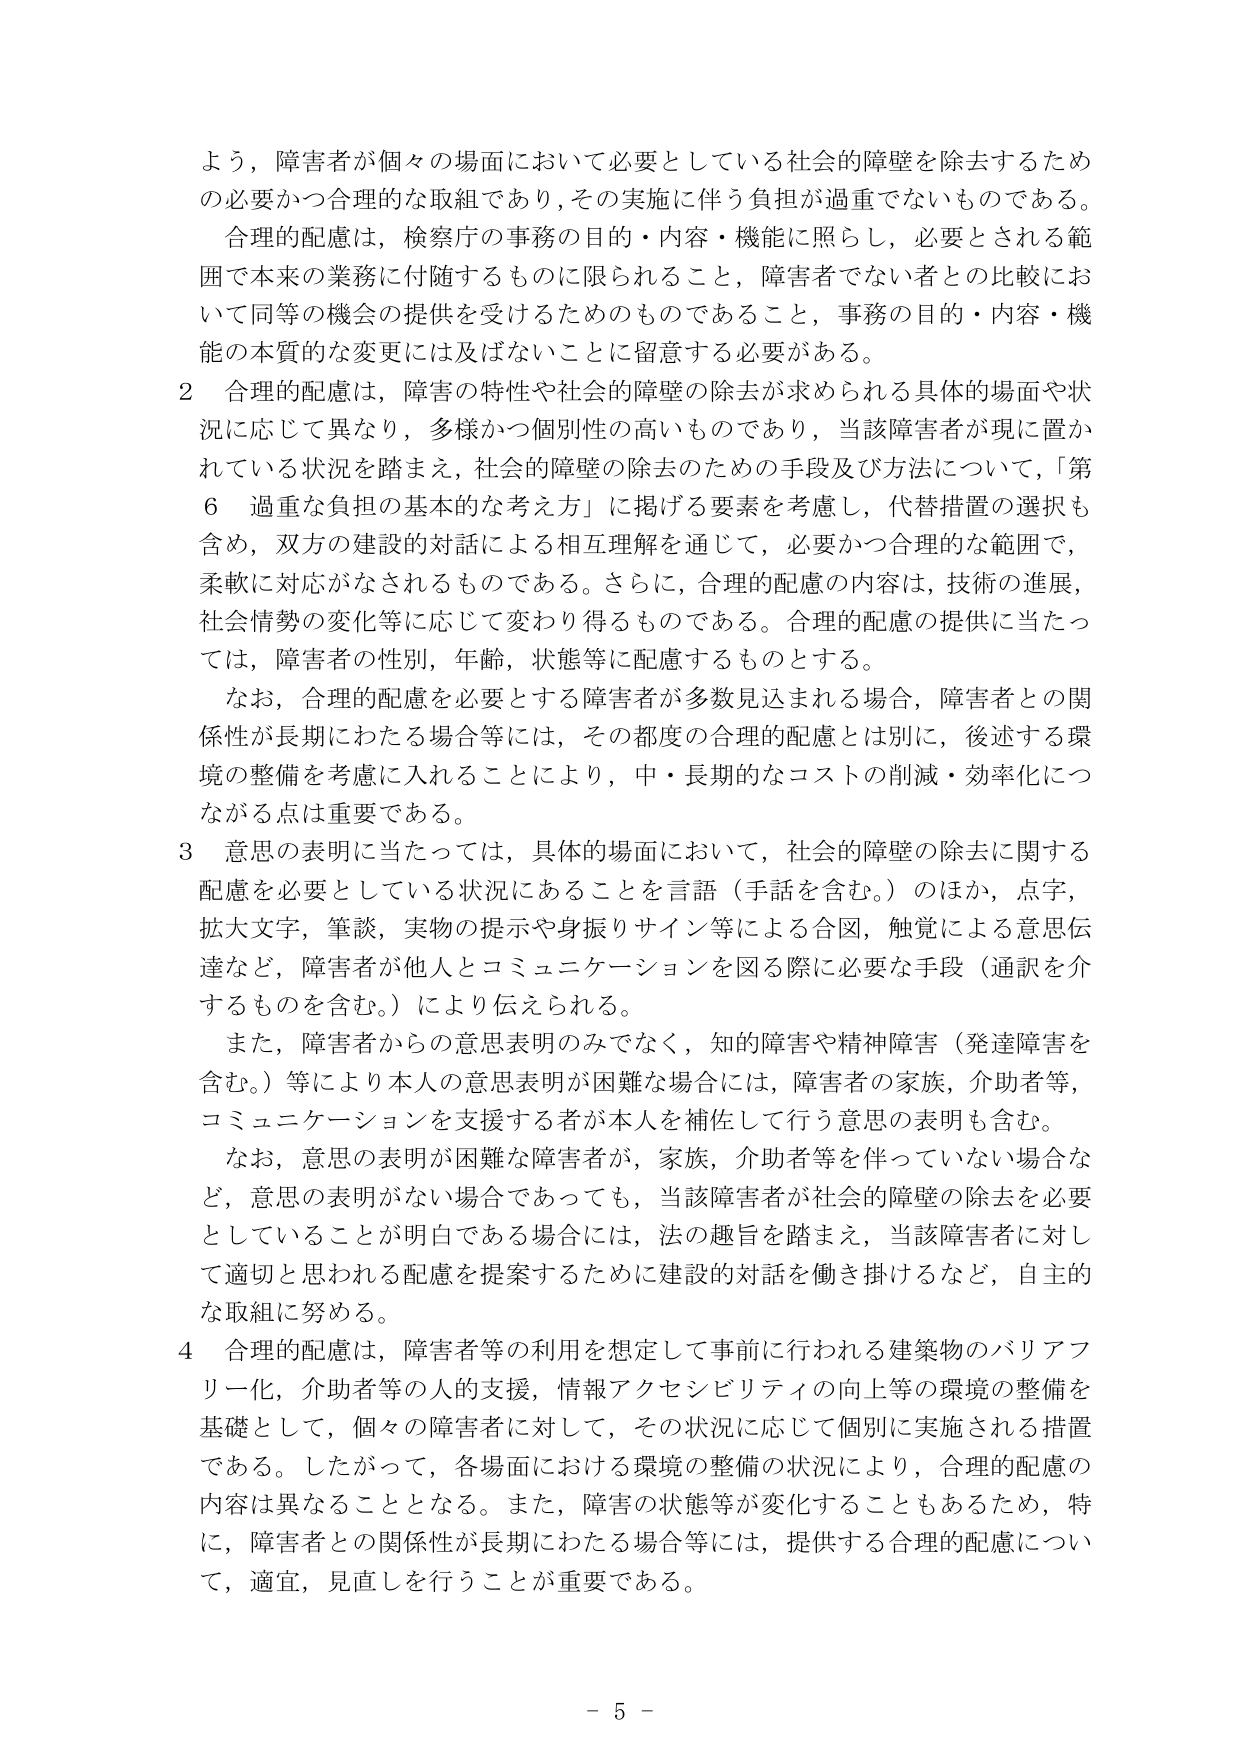
よう，障害者が個々の場面において必要としている社会的障壁を除去するため
の必要かつ合理的な取組であり，その実施に伴う負担が過重でないものである。
合理的配慮は，検察庁の事務の目的・内容・機能に照らし，必要とされる範
囲で本来の業務に付随するものに限られること，障害者でない者との比較にお
いて同等の機会の提供を受けるためのものであること，事務の目的・内容・機
能の本質的な変更には及ばないことに留意する必要がある。
2 合理的配慮は，障害の特性や社会的障壁の除去が求められる具体的場面や状
況に応じて異なり，多様かつ個別性の高いものであり，当該障害者が現に置か
れている状況を踏まえ，社会的障壁の除去のための手段及び方法について，「第
6 過重な負担の基本的な考え方」に掲げる要素を考慮し，代替措置の選択も
含め，双方の建設的対話による相互理解を通じて，必要かつ合理的な範囲で，
柔軟に対応がなされるものである。さらに，合理的配慮の内容は，技術の進展，
社会情勢の変化等に応じて変わり得るものである。合理的配慮の提供に当たっ
ては，障害者の性別，年齢，状態等に配慮するものとする。
なお，合理的配慮を必要とする障害者が多数見込まれる場合，障害者との関
係性が長期にわたる場合等には，その都度の合理的配慮とは別に，後述する環
境の整備を考慮に入れることにより，中・長期的なコストの削減・効率化につ
ながる点は重要である。
3 意思の表明に当たっては，具体的場面において，社会的障壁の除去に関する
配慮を必要としている状況にあることを言語（手話を含む。）のほか，点字，
拡大文字，筆談，実物の提示や身振りサイン等による合図，触覚による意思伝
達など，障害者が他人とコミュニケーションを図る際に必要な手段（通訳を介
するものを含む。）により伝えられる。
また，障害者からの意思表明のみでなく，知的障害や精神障害（発達障害を
含む。）等により本人の意思表明が困難な場合には，障害者の家族，介助者等，
コミュニケーションを支援する者が本人を補佐して行う意思の表明も含む。
なお，意思の表明が困難な障害者が，家族，介助者等を伴っていない場合な
ど，意思の表明がない場合であっても，当該障害者が社会的障壁の除去を必要
としていることが明白である場合には，法の趣旨を踏まえ，当該障害者に対し
て適切と思われる配慮を提案するために建設的対話を働き掛けるなど，自主的
な取組に努める。
4 合理的配慮は，障害者等の利用を想定して事前に行われる建築物のバリアフ
リー化，介助者等の人的支援，情報アクセシビリティの向上等の環境の整備を
基礎として，個々の障害者に対して，その状況に応じて個別に実施される措置
である。したがって，各場面における環境の整備の状況により，合理的配慮の
内容は異なることとなる。また，障害の状態等が変化することもあるため，特
に，障害者との関係性が長期にわたる場合等には，提供する合理的配慮につい
て，適宜，見直しを行うことが重要である。
- 5 -